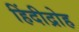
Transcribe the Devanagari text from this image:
हिंदीद्रोह